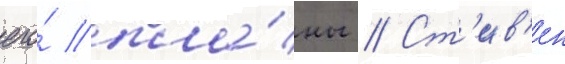
его́ пла́ны // Ст'ив'ен